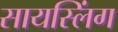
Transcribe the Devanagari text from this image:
सायस्लिंग